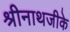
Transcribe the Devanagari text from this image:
श्रीनाथजीके